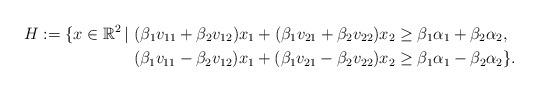
LaTeX: \begin{align*}H:=\{x\in\mathbb{R}^2\, | \ (\beta_1v_{11}+\beta_2v_{12})x_1+(\beta_1v_{21}+\beta_2v_{22})x_2&\geq\beta_1\alpha_1+\beta_2\alpha_2, \\ (\beta_1v_{11}-\beta_2v_{12})x_1+(\beta_1v_{21}-\beta_2v_{22})x_2&\geq\beta_1\alpha_1-\beta_2\alpha_2\}.\end{align*}